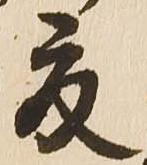
夏